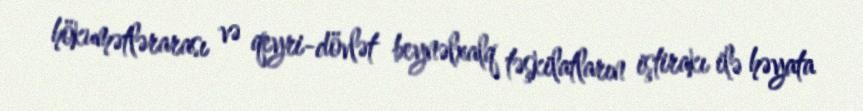
hökumətlərarası və qeyri-dövlət beynəlxalq təşkilatların iştirakı ilə həyata